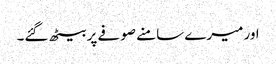
اور میرے سامنے صوفے پر بیٹھ گئے۔